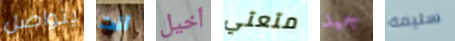
يتواصل انت أخيل متعتي جيد سليمة